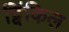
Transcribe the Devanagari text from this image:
ट्विंकिल